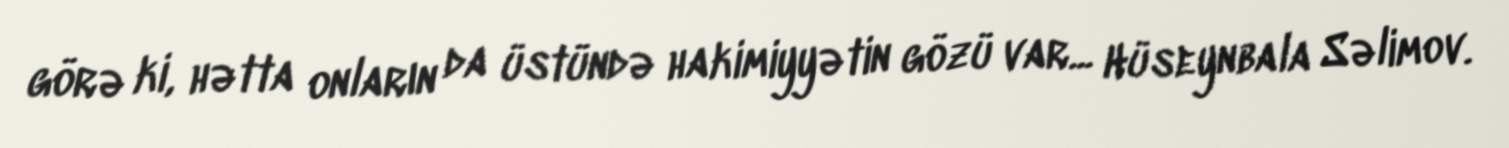
görə ki, hətta onların da üstündə hakimiyyətin gözü var... Hüseynbala Səlimov.